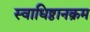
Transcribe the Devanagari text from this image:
स्वाधिष्ठानक्रम